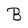
Character: B